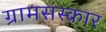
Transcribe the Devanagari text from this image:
ग्रामसंस्कार